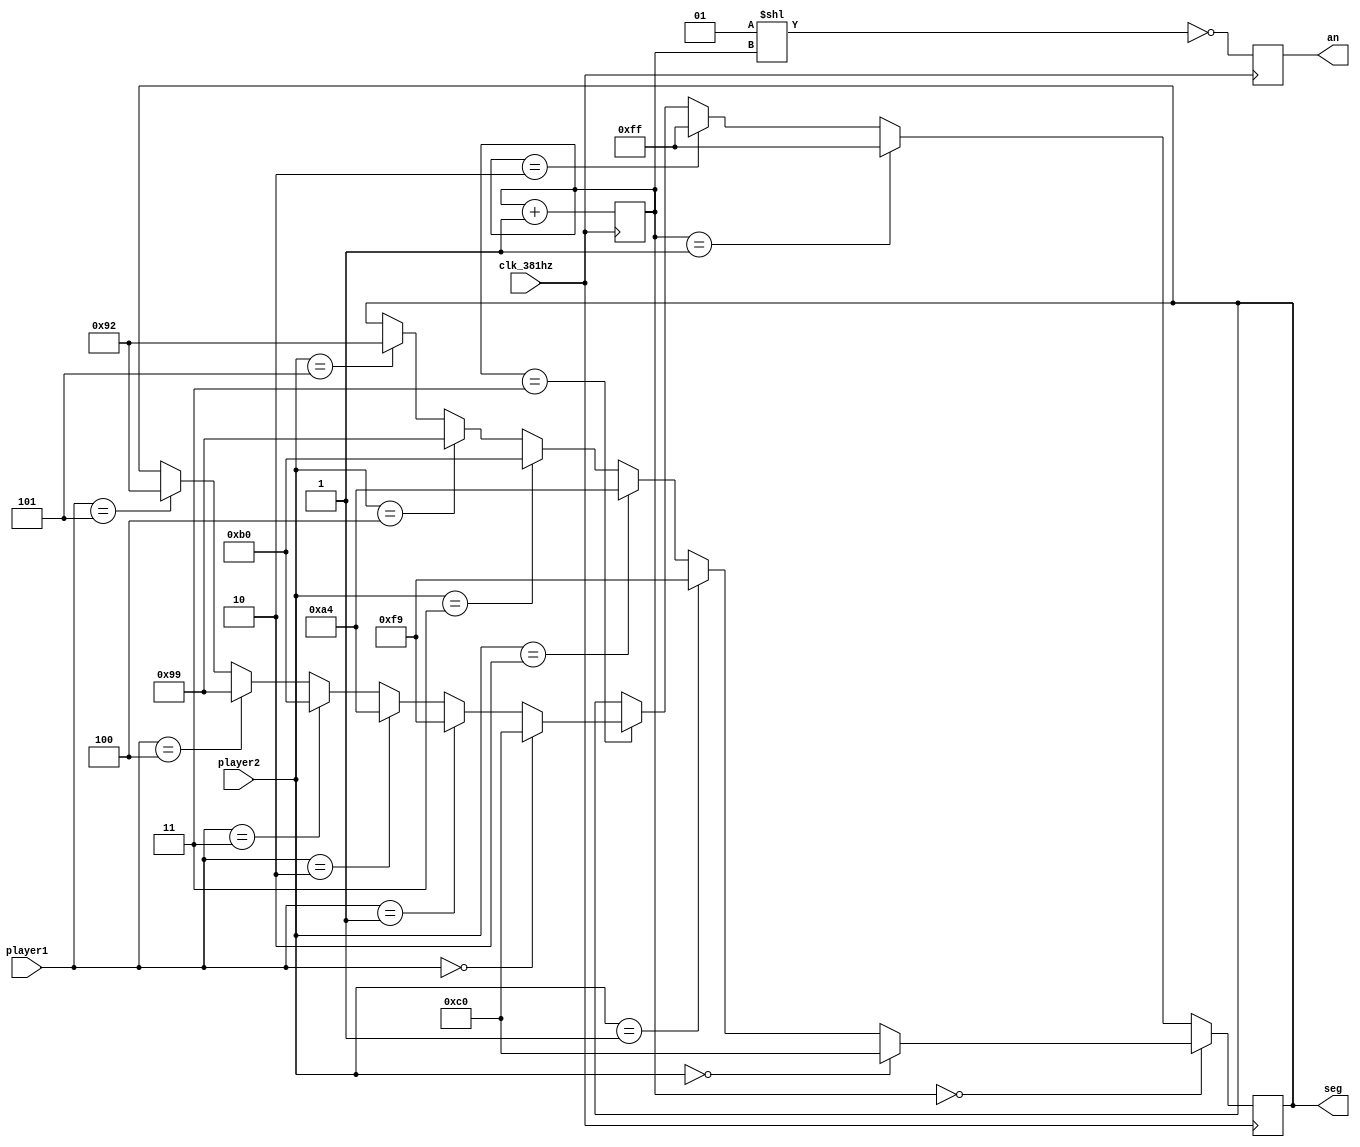
`timescale 1ns / 1ps
//////////////////////////////////////////////////////////////////////////////////
// Company: 
// Engineer: 
// 
// Design Name: 
// Module Name: bishi_bashi_seven_segment
// Project Name: 
// Target Devices: 
// Tool Versions: 
// Description: 
// 
// Dependencies: 
// 
// Revision:
// Revision 0.01 - File Created
// Additional Comments:
// 
//////////////////////////////////////////////////////////////////////////////////


module bishi_bashi_seven_segment(
    input clk_381hz,
    input [2:0] player1,
    input [2:0] player2,
    output reg [7:0] seg,
    output reg [3:0] an
    );
    
    reg [1:0] count = 0;
    
    always @ (posedge clk_381hz)
    begin
        count <= count + 1;
        an <= ~(1 << count);
        if (count == 0)
            begin
                if (player2 == 0)
                    seg <= 8'b11000000;
                else if (player2 == 1)
                    seg <= 8'b11111001;
                else if (player2 == 2)
                    seg <= 8'b10100100;
                else if (player2 == 3)
                    seg <= 8'b10110000;
                else if (player2 == 4)
                    seg <= 8'b10011001;
                else if (player2 == 5)
                    seg <= 8'b10010010;  
            end
        else if (count == 1)
            begin
                seg <= 8'b11111111;
            end
        else if (count == 2)
            begin
                seg <= 8'b11111111;
            end
        else if (count == 3)
            begin
                if (player1 == 0)
                    seg <= 8'b11000000;
                else if (player1 == 1)
                    seg <= 8'b11111001;
                else if (player1 == 2)
                    seg <= 8'b10100100;
                else if (player1 == 3)
                    seg <= 8'b10110000;
                else if (player1 == 4)
                    seg <= 8'b10011001;
                else if (player1 == 5)
                    seg <= 8'b10010010;
            end
        
    end
endmodule